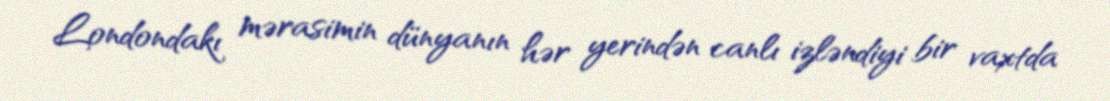
Londondakı mərasimin dünyanın hər yerindən canlı izləndiyi bir vaxtda